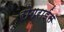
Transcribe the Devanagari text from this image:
रोगराईस